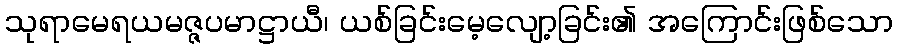
သုရာမေရယမဇ္ဇပမာဋ္ဌာယီ၊ ယစ်ခြင်းမေ့လျော့ခြင်း၏ အကြောင်းဖြစ်သော